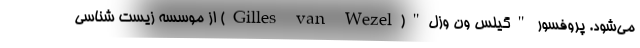
می‌شود. پروفسور "گیلس ون وزل"(Gilles van Wezel) از موسسه زیست شناسی